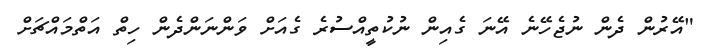
"އޭރުން ދެން ނުޖެހޭނެ އޭނަ ގެއިން ނުކުތީއްސުރެ ގެއަށް ވަންނަންދެން ހިތް އަތްމައްޗަށް